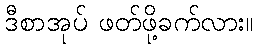
ဒီစာအုပ် ဖတ်ဖို့ခက်လား။